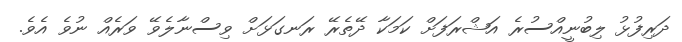
ދަރިފުޅު ލިބުނީއްސުރެ އަޝްރަފަށް ކަމަކާ ދޭތެރޭ ރަނގަޅަށް ވިސްނާލެވޭ ވަރެއް ނުވެ އެވެ.